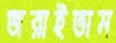
জরাইতাম